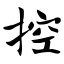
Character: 控